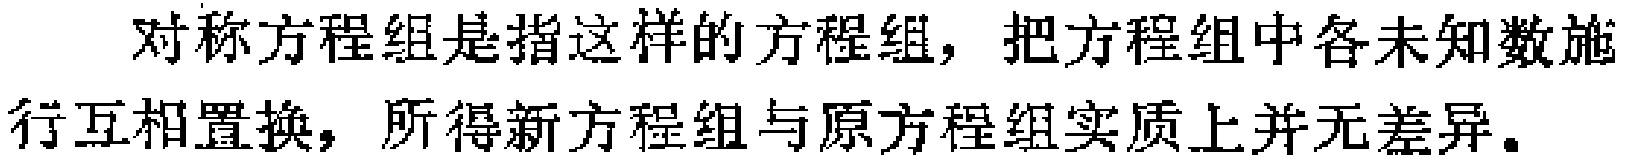
对称方程组是指这样的方程组，把方程组中各未知数施行互相置换，所得新方程组与原方程组实质上并无差异。